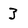
Character: 3